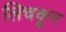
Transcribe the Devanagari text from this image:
लिचकूर